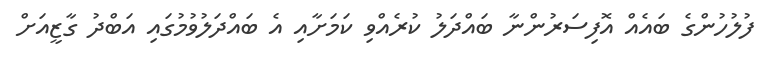
ފުލުހުންގެ ބައެއް އޮފިސަރުންނާ ބައްދަލު ކުރެއްވި ކަމަށާއި އެ ބައްދަލުވުމުގައި އަބްދު ގާޒީއަށް